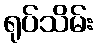
ရုပ်သိမ်း